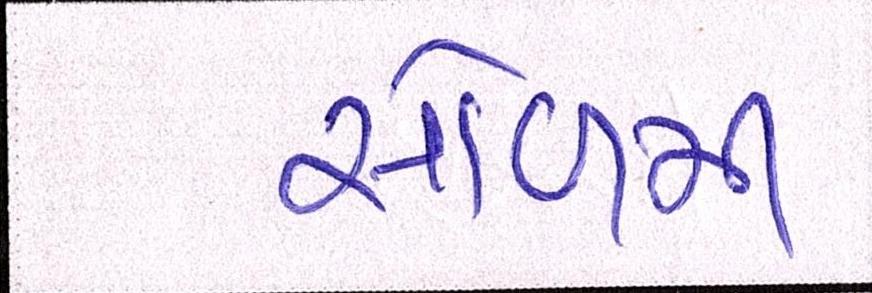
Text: સોળમી